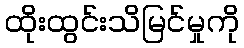
ထိုးထွင်းသိမြင်မှုကို